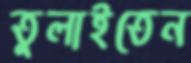
তুলাইতেন